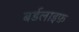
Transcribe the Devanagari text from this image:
बर्डलाइफ़